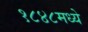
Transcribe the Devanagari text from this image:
१८४८मध्ये